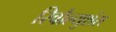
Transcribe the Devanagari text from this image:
रिवौल्युशंस